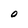
Character: O